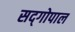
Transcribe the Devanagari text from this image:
सद्‍गोपाल